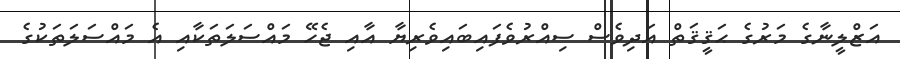
އަޒްލީނާގެ މަރުގެ ޙަޤީޤަތް އަދިވެސް ސިއްރުވެފައިބައިވެރިޔާ އާއި ޖެހޭ މައްސަލަތަކާއި އެ މައްސަލަތަކުގެ